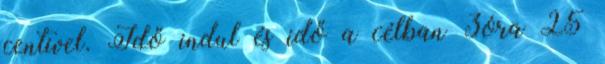
centivel. Idő indul és idő a célban 3óra 25